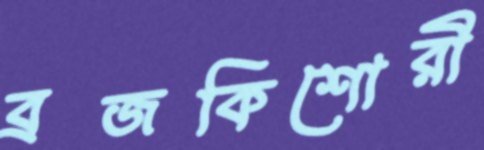
ব্রজকিশোরী